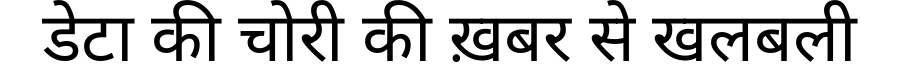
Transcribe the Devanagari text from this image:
डेटा की चोरी की ख़बर से खलबली